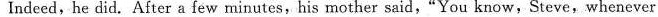
Indeed, he did. After a few minutes,his mother said,"You know, Steve,whenever